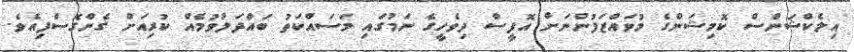
އިލެކްޝަންސް ކޮމިޝަންގެ މުވައްޒަފުންނަށް އޮފީސް ދިވެހީގެ ނަމުގައި މަސައްކަތު ބައްދަލުވުމެއް ކުރިއަށް ގެންގޮސްފިއެވެ.